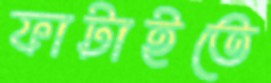
ফাটাইতে